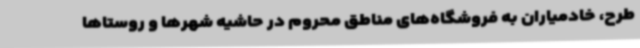
طرح، خادمیاران به فروشگاه‌های مناطق محروم در حاشیه شهرها و روستاها